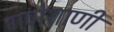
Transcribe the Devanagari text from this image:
गणेशाणी